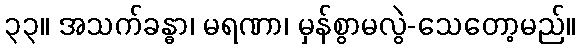
၃၃။ အသက်ခန္ဓာ၊ မရဏာ၊ မှန်စွာမလွဲ-သေတော့မည်။